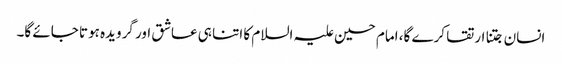
انسان جتنا ارتقا کرے گا، امام حسین علیہ السلام کا اتنا ہی عاشق اور گرویدہ ہوتا جائے گا۔